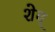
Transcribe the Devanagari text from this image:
शेव्